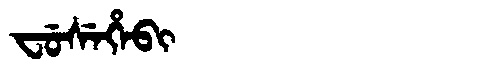
Manchu: ᠸᡠᠰᡝᡥᡝᠪᡳ
Romanization: FUSEHEBI